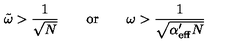
\tilde { \omega } > \frac { 1 } { \sqrt { N } } \qquad \mathrm { o r } \qquad \omega > \frac { 1 } { \sqrt { \alpha _ { \mathrm { e f f } } ^ { \prime } N } }